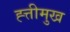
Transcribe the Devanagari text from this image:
ह्त्तीमुख